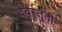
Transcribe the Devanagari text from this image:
देवस्तुती